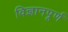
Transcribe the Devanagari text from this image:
विज्ञानपूर्ण